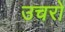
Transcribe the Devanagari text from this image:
उचरों